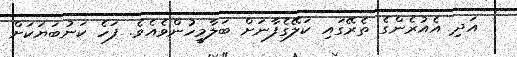
އަދި އެއުރެންގެ ތެރޭގައި ކަލޭގެފާނަށް ބަލާމީހުންވެއެވެ. ފަހެ ކަނުބަޔަކަށް